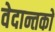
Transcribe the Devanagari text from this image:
वेदान्तकाे